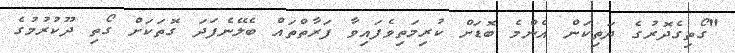
"ގޯތިގެދޮރުގެ ދަތިކަން އެންމެ ބޮޑަށް ކުރިމަތިވެފައިވާ ފަރާތްތައް ބެލޭނެފަދަ ގޮތަކަށް ގޯތި ދޫކުރުމުގެ